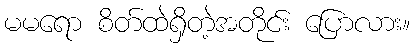
မမရော စိတ်ထဲရှိတဲ့အတိုင်း ပြောလား။